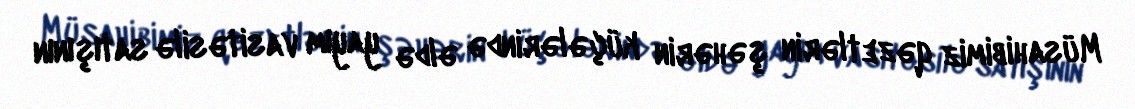
Müsahibimiz qəzetlərin şəhərin küçələrində əldə yayım vasitəsilə satışının